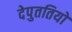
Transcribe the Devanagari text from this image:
देपुततियों